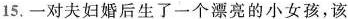
15.一对夫妇婚后生了一个漂亮的小女孩，该